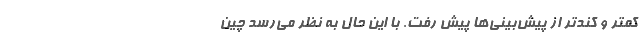
کمتر و کندتر از پیش‌بینی‌ها پیش رفت. با این حال به نظر می‌رسد چین